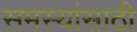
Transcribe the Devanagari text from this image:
समस्यांसाठी